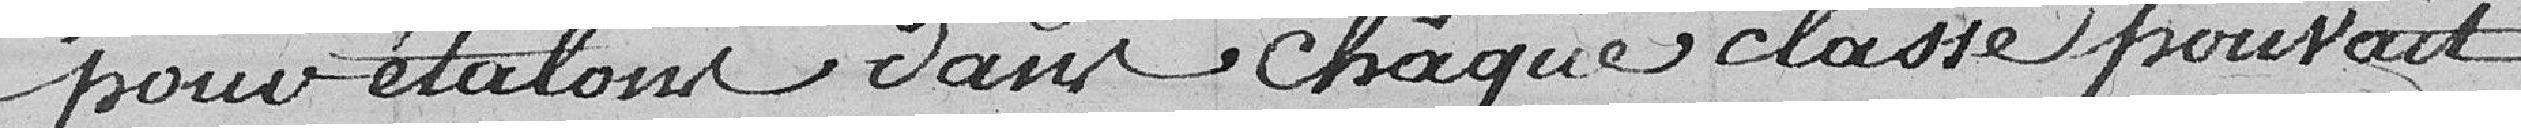
pour étalons dans chaque classe pouvait